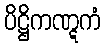
ပိဋ္ဌိကဏ္ဋကံ